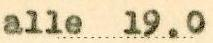
alle 19.0